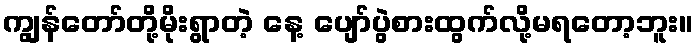
ကျွန်တော်တို့မိုးရွာတဲ့ နေ့ ပျော်ပွဲစားထွက်လို့မရတော့ဘူး။